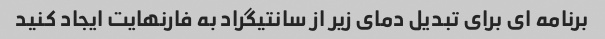
برنامه ای برای تبدیل دمای زیر از سانتیگراد به فارنهایت ایجاد کنید